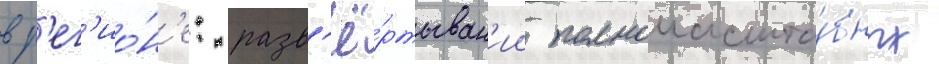
в р'ег'ио́н'е: разв'ё́ртыван'ии полномасшта́бных